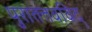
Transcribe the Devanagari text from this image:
पुरातत्तवविद्